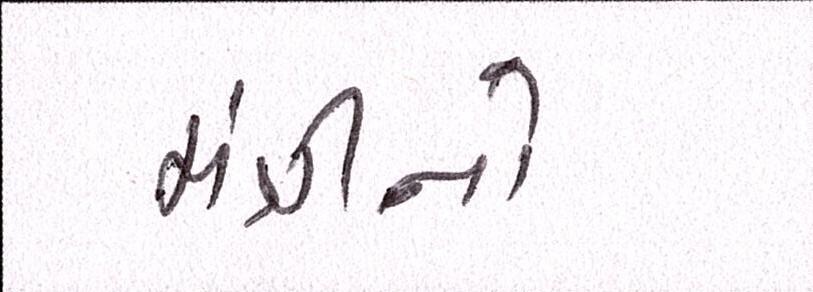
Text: મંત્રીનો